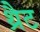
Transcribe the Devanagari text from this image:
थ्रैट